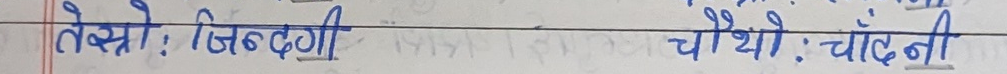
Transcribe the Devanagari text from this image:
तेस्त्रो: जिन्दगी चौथोः चाँदनी